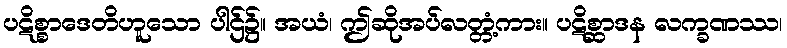
ပဋိစ္စာဒေတိဟူသော ပါဌ်၌။ အယံ၊ ဤဆိုအပ်လတ္တံ့ကား။ ပဋိစ္ဆာဒန လက္ခဏဿ၊